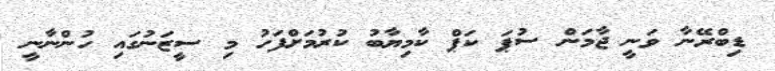
ޑިބްރޭނާ ވަނީ ޖާމަން ސުޕަ ކަޕް ކާމިޔާބު ކުރުމަށްފަހު މި ސީޒަނުގައި ހުންނާނީ